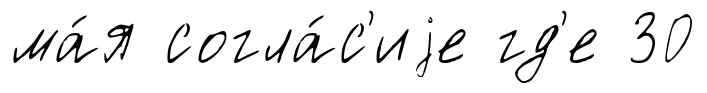
ма́я согла́с'иjе гд'е 30